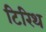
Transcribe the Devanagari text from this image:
टिरिथ